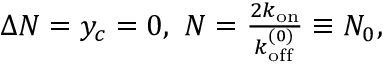
\begin{array} { r } { \Delta N = y _ { c } = 0 , \ N = \frac { 2 k _ { \mathrm { o n } } } { k _ { \mathrm { o f f } } ^ { ( 0 ) } } \equiv N _ { 0 } , \ \ \ } \end{array}